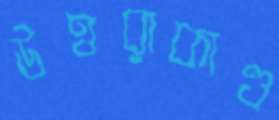
উত্তরাকাণ্ড